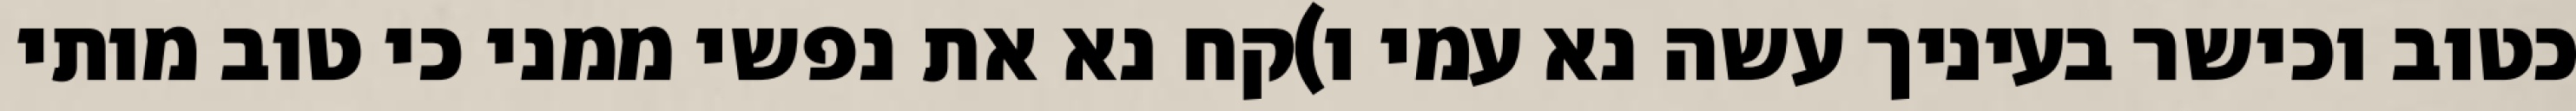
כטוב וכישר בעיניך עשה נא עמי ו)קח נא את נפשי ממני כי טוב מותי